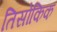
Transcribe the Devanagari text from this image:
तिसोकिक